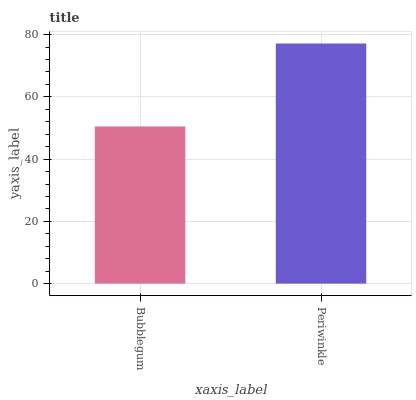
| xaxis_label | bars |
 | --- | --- |
 | Bubblegum | 50.5 |
 | Periwinkle | 77.1 |